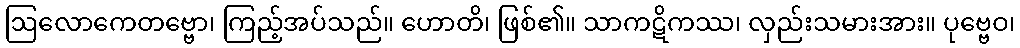
ဩလောကေတဗ္ဗော၊ ကြည့်အပ်သည်။ ဟောတိ၊ ဖြစ်၏။ သာကဋိကဿ၊ လှည်းသမားအား။ ပုဗ္ဗေဝ၊